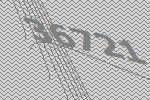
36721